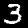
Label: 3